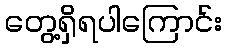
တွေ့ရှိရပါကြောင်း